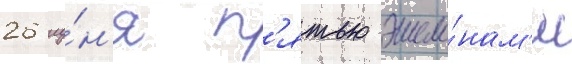
26 иу́н'я п'ятью эшело́нам'и